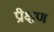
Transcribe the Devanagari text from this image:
प्रीक्षण